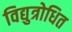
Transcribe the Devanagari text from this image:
विद्युत्रोधित